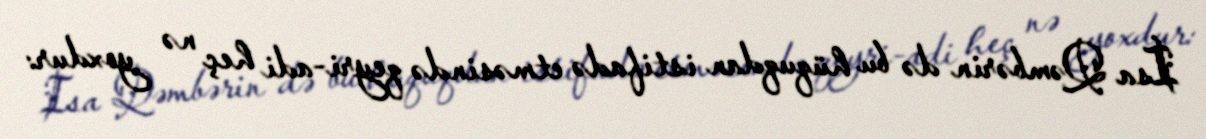
İsa Qəmbərin də bu hüquqdan istifadə etməsində qeyri-adi heç nə yoxdur: